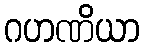
ဂဟဏိယာ